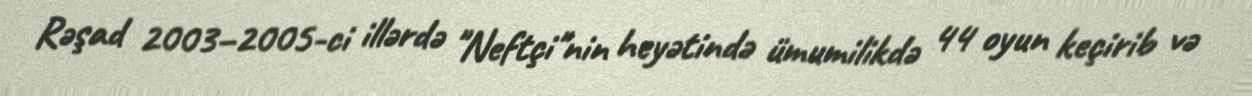
Rəşad 2003–2005-ci illərdə "Neftçi"nin heyətində ümumilikdə 44 oyun keçirib və